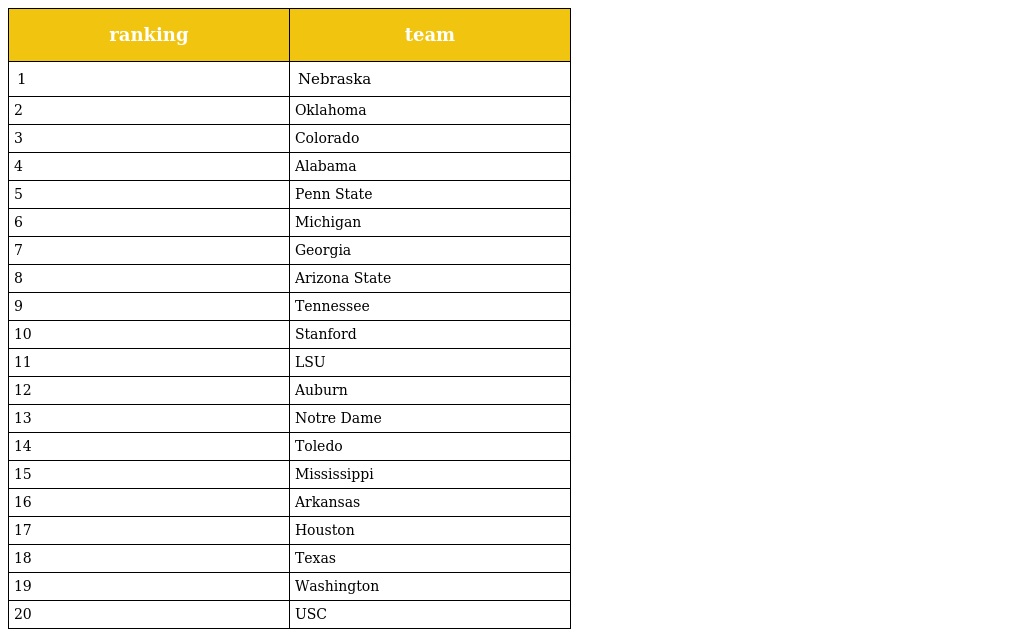
| ranking | team |
 | --- | --- |
 | 1 | Nebraska |
 | 2 | Oklahoma |
 | 3 | Colorado |
 | 4 | Alabama |
 | 5 | Penn State |
 | 6 | Michigan |
 | 7 | Georgia |
 | 8 | Arizona State |
 | 9 | Tennessee |
 | 10 | Stanford |
 | 11 | LSU |
 | 12 | Auburn |
 | 13 | Notre Dame |
 | 14 | Toledo |
 | 15 | Mississippi |
 | 16 | Arkansas |
 | 17 | Houston |
 | 18 | Texas |
 | 19 | Washington |
 | 20 | USC |